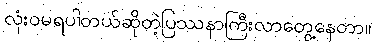
လုံးဝမရပါတယ်ဆိုတဲ့ပြဿနာကြီးလာတွေ့နေတာ။